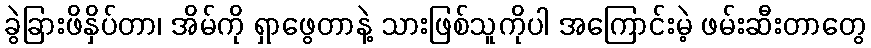
ခွဲခြားဖိနှိပ်တာ၊ အိမ်ကို ရှာဖွေတာနဲ့ သားဖြစ်သူကိုပါ အကြောင်းမဲ့ ဖမ်းဆီးတာတွေ